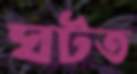
ঘটত